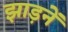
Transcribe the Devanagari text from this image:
झाड़नें